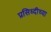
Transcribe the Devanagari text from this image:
प्रसिध्दीच्या